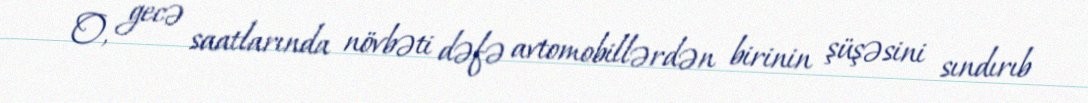
O, gecə saatlarında növbəti dəfə avtomobillərdən birinin şüşəsini sındırıb